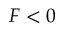
F < 0